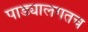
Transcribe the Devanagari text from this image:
पाड्यालगतच